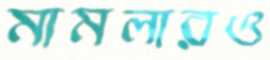
মামলারও